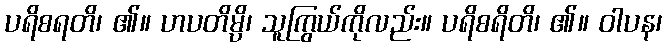
ပရိစရတိ၊ ၏။ ဟပတိမ္ပိ၊ သူကြွယ်ကိုလည်း။ ပရိစရိတိ၊ ၏။ ဝါပန၊